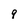
Character: 9